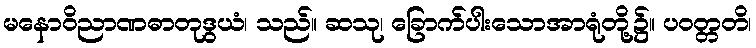
မနောဝိညာဏဓာတုဒွယံ၊ သည်။ ဆသု၊ ခြောက်ပါးသောအာရုံတို့၌။ ပဝတ္တတိ၊